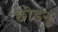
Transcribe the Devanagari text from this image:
छोडनु